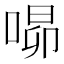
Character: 𭈾